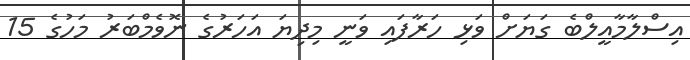
އިސްލާމާއީލްބެ ގަޔަށް ވަޅި ހަރާފައި ވަނީ މިދިޔަ އަހަރުގެ ނޮވެމްބަރު މަހުގެ 15